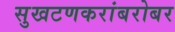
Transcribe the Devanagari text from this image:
सुखटणकरांबरोबर